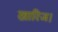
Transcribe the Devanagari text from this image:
खारिज।